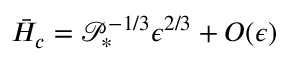
\bar { H } _ { c } = \mathcal { P } _ { * } ^ { - 1 / 3 } \epsilon ^ { 2 / 3 } + O ( \epsilon )